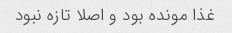
غذا مونده بود و اصلا تازه نبود